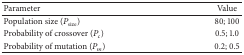
| Parameter | Value |
 | --- | --- |
 | Population size (Psize) | 80; 100 |
 | Probability of crossover (Pc) | 0.5; 1.0 |
 | Probability of mutation (Pm) | 0.2; 0.5 |